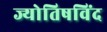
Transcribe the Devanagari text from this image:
ज्योतिषविंद